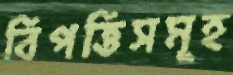
বিপত্তিসমূহ